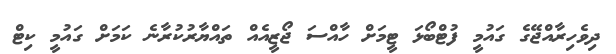
ދިވެހިރާއްޖޭގެ ގައުމީ ފުޓްބޯޅަ ޓީމަށް ހާއްސަ ޖޯޒީއެއް ތައްޔާރުކުރާނެ ކަމަށް ގައުމީ ކިޓް